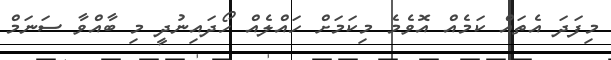
މިފަދަ އެތައް ކަމެއް އޮވެމެ މިކަމަށް ހައްލެއް ހޯދައިނުދީ މި ބާއްވާ ސަނަމް